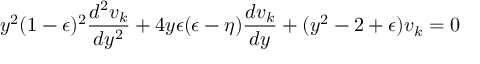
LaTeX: y ^ { 2 } ( 1 - \epsilon ) ^ { 2 } \frac { d ^ { 2 } v _ { k } } { d y ^ { 2 } } + 4 y \epsilon ( \epsilon - \eta ) \frac { d v _ { k } } { d y } + ( y ^ { 2 } - 2 + \epsilon ) v _ { k } = 0